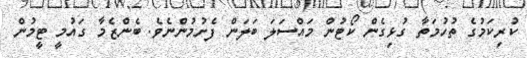
ކުރިކަމުގެ ތުހުމަތާ ގުޅިގެން ކޯޓުން މައްސަލަ ބަލަން ފެށުމުންނެވެ. ބެންޒެމާ ގައުމީ ޓީމުން